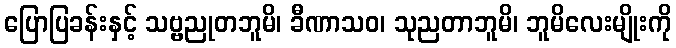
ပြောပြခန်းနှင့် သဗ္ဗညုတဘူမိ၊ ခီဏာသဝ၊ သုညတာဘူမိ၊ ဘူမိလေးမျိုးကို